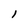
Character: 1